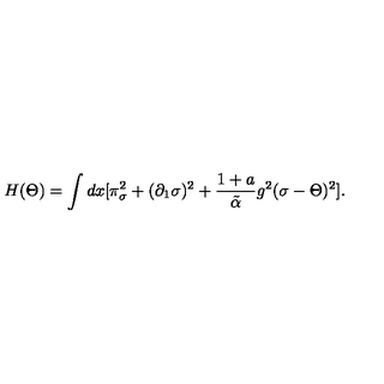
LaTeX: H ( \Theta ) = \int d x [ \pi _ { \sigma } ^ { 2 } + ( \partial _ { 1 } \sigma ) ^ { 2 } + { \frac { 1 + a } { \tilde { \alpha } } } g ^ { 2 } ( \sigma - \Theta ) ^ { 2 } ] .